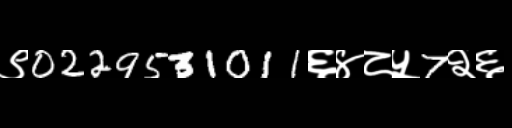
Text: ९0229531011६४८५7२६